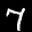
Label: 7